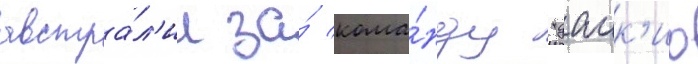
австра́л'ии за́ кома́нду "даик'ио